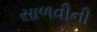
સાળવીની